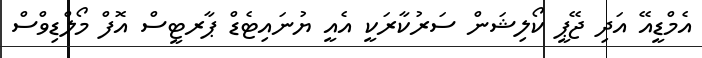
އެމްޑީއޭ އަދި ޖޭޕީ ކޯލިޝަން ސަރުކާރަކީ އެއީ ޔުނައިޓެޑް ޕާރޓީސް އޮފް މޯލްޑިވްސް